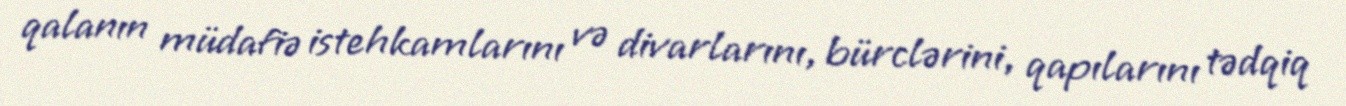
qalanın müdafiə istehkamlarını və divarlarını, bürclərini, qapılarını tədqiq